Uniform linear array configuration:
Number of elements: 8
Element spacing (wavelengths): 1
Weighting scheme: cosine
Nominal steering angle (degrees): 60
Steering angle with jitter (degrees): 58.083
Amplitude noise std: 0.05
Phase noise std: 0.05

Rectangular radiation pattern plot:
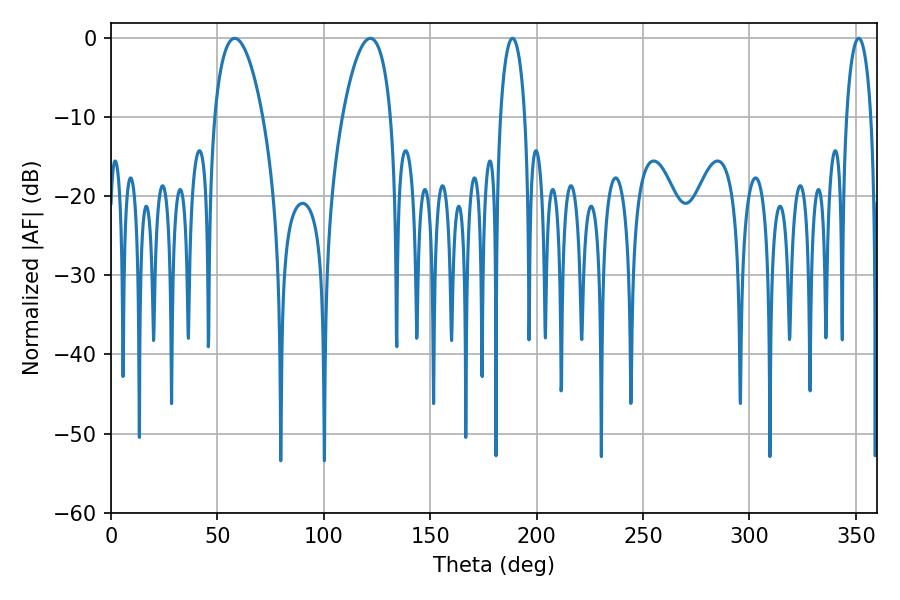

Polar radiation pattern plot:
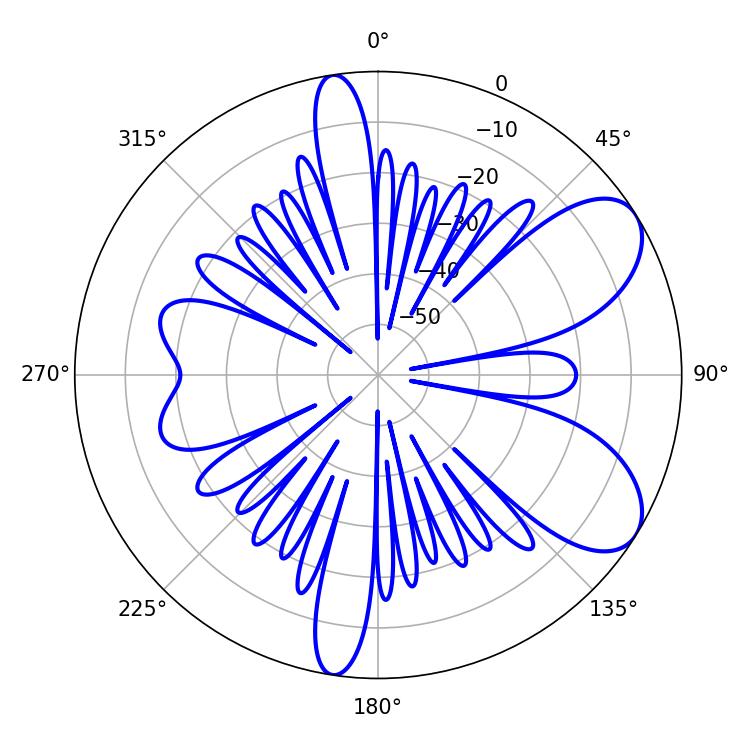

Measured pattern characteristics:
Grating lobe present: TRUE
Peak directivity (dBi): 7.553
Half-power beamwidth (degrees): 12.78
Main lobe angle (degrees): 58.14